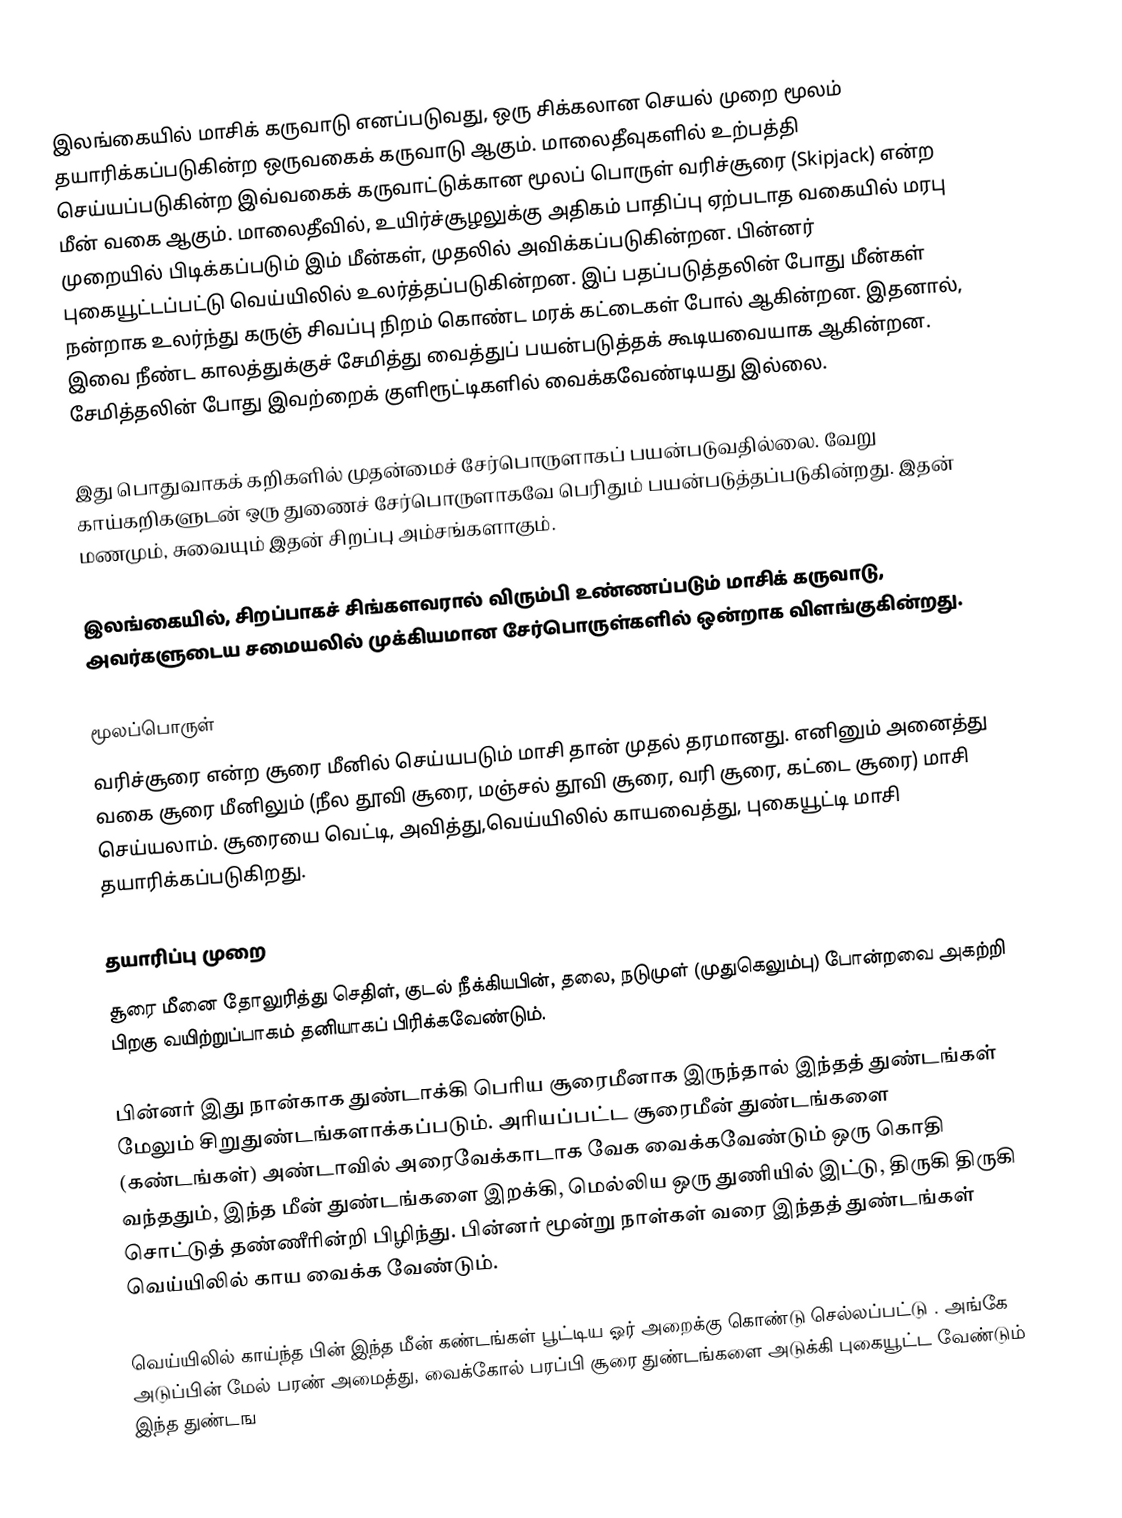
இலங்கையில் மாசிக் கருவாடு எனப்படுவது, ஒரு சிக்கலான செயல் முறை மூலம் தயாரிக்கப்படுகின்ற ஒருவகைக் கருவாடு ஆகும். மாலைதீவுகளில் உற்பத்தி செய்யப்படுகின்ற இவ்வகைக் கருவாட்டுக்கான மூலப் பொருள் வரிச்சூரை (Skipjack) என்ற மீன் வகை ஆகும்.  மாலைதீவில், உயிர்ச்சூழலுக்கு அதிகம் பாதிப்பு ஏற்படாத வகையில் மரபு முறையில் பிடிக்கப்படும் இம் மீன்கள், முதலில் அவிக்கப்படுகின்றன. பின்னர் புகையூட்டப்பட்டு வெய்யிலில் உலர்த்தப்படுகின்றன. இப் பதப்படுத்தலின் போது மீன்கள் நன்றாக உலர்ந்து கருஞ் சிவப்பு நிறம் கொண்ட மரக் கட்டைகள் போல் ஆகின்றன. இதனால், இவை நீண்ட காலத்துக்குச் சேமித்து வைத்துப் பயன்படுத்தக் கூடியவையாக ஆகின்றன. சேமித்தலின் போது இவற்றைக் குளிரூட்டிகளில் வைக்கவேண்டியது இல்லை.

இது பொதுவாகக் கறிகளில் முதன்மைச் சேர்பொருளாகப் பயன்படுவதில்லை. வேறு காய்கறிகளுடன் ஒரு துணைச் சேர்பொருளாகவே பெரிதும் பயன்படுத்தப்படுகின்றது. இதன் மணமும், சுவையும் இதன் சிறப்பு அம்சங்களாகும்.

இலங்கையில், சிறப்பாகச் சிங்களவரால் விரும்பி உண்ணப்படும் மாசிக் கருவாடு, அவர்களுடைய சமையலில் முக்கியமான சேர்பொருள்களில் ஒன்றாக விளங்குகின்றது.

மூலப்பொருள்
வரிச்சூரை என்ற சூரை மீனில் செய்யபடும் மாசி தான் முதல் தரமானது. எனினும் அனைத்து வகை சூரை மீனிலும் (நீல தூவி சூரை, மஞ்சல் தூவி சூரை, வரி சூரை, கட்டை சூரை) மாசி செய்யலாம். சூரையை  வெட்டி, அவித்து,வெய்யிலில் காயவைத்து, புகையூட்டி மாசி தயாரிக்கப்படுகிறது.

தயாரிப்பு முறை
சூரை மீனை தோலுரித்து செதிள், குடல் நீக்கியபின், தலை, நடுமுள் (முதுகெலும்பு) போன்றவை அகற்றி பிறகு வயிற்றுப்பாகம் தனியாகப் பிரிக்கவேண்டும்.

பின்னர் இது நான்காக துண்டாக்கி பெரிய சூரைமீனாக இருந்தால் இந்தத் துண்டங்கள் மேலும் சிறுதுண்டங்களாக்கப்படும். அரியப்பட்ட சூரைமீன் துண்டங்களை (கண்டங்கள்) அண்டாவில் அரைவேக்காடாக வேக வைக்கவேண்டும் ஒரு கொதி வந்ததும், இந்த மீன் துண்டங்களை இறக்கி, மெல்லிய ஒரு துணியில் இட்டு, திருகி திருகி சொட்டுத் தண்ணீரின்றி பிழிந்து. பின்னர் மூன்று நாள்கள் வரை இந்தத் துண்டங்கள் வெய்யிலில் காய வைக்க வேண்டும்.

வெய்யிலில் காய்ந்த பின் இந்த மீன் கண்டங்கள் பூட்டிய ஓர் அறைக்கு கொண்டு செல்லப்பட்டு . அங்கே அடுப்பின் மேல் பரண் அமைத்து, வைக்கோல் பரப்பி சூரை துண்டங்களை அடுக்கி புகையூட்ட வேண்டும் இந்த துண்டங